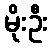
မိုးဦး